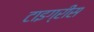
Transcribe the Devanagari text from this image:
टाइग्रीस